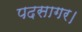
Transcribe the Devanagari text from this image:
पदसागर।